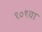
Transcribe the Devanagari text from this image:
१०१वा